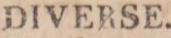
DIVERSE.